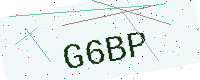
Text: G6BP